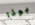
بوذا